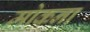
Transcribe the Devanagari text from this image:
मोकना